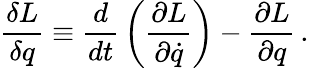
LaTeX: {\frac{\delta L}{\delta q}}\equiv{\frac{d}{dt}}\left({\frac{\partial L}{\partial\dot{q}}}\right)-{\frac{\partial L}{\partial q}}\, .